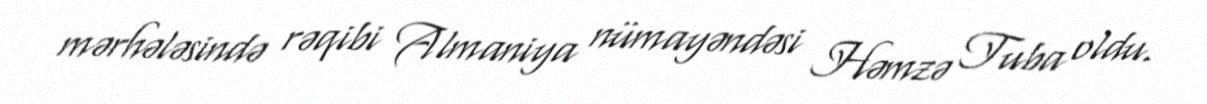
mərhələsində rəqibi Almaniya nümayəndəsi Həmzə Tuba oldu.